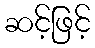
ဆင့်ဖြင့်